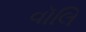
વૉલિ